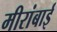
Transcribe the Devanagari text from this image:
मीरांबाई